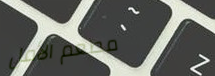
مطعم الأمل